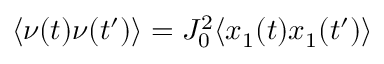
\langle \nu ( t ) \nu ( t ^ { \prime } ) \rangle = J _ { 0 } ^ { 2 } \langle x _ { 1 } ( t ) x _ { 1 } ( t ^ { \prime } ) \rangle